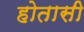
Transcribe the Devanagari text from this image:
होतासी